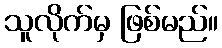
သူလိုက်မှ ဖြစ်မည်။